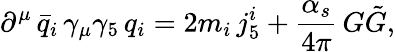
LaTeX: \partial^{\mu}\, \bar{q}_{i}\, \gamma_{\mu}\gamma_{5}\, q_{i}=2m_{i}\, j_{5}^{i}+\frac{\alpha_{s}}{4\pi}\, G\tilde{G},